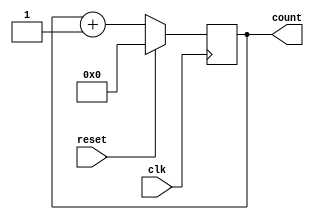
module up_counter 
#(
	parameter WIDTH = 9
)
(
	input 					        clk,
	input 					        reset,
	output 	reg [WIDTH-1:0]	    count
);

	always@(posedge clk)
		if(reset)	count <= 0;
		else 	    count <= count + 1;
		
endmodule